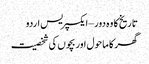
تاریخ کا وہ دور – ایکسپریس اردو
گھر کا ماحول اور بچوں کی شخصیت